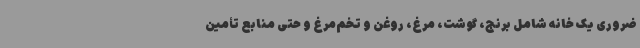
ضروری یک خانه شامل برنج، گوشت، مرغ، روغن و تخم‌مرغ و حتی منابع تأمین